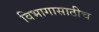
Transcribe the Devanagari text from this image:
विभागासाठीच